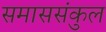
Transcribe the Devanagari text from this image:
समाससंकुल